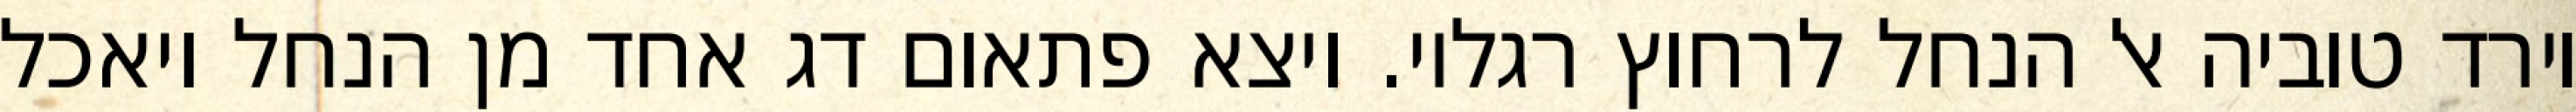
וירד טוביה אל הנחל לרחוץ רגליו. ויצא פתאום דג אחד מן הנחל ויאכל